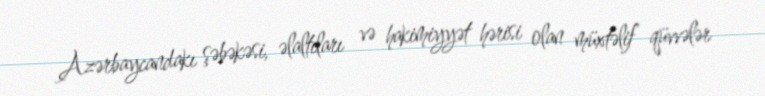
Azərbaycandakı şəbəkəsi, əlaltıları və hakimiyyət hərisi olan müxtəlif qüvvələr